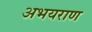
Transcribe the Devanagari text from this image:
अभयराण